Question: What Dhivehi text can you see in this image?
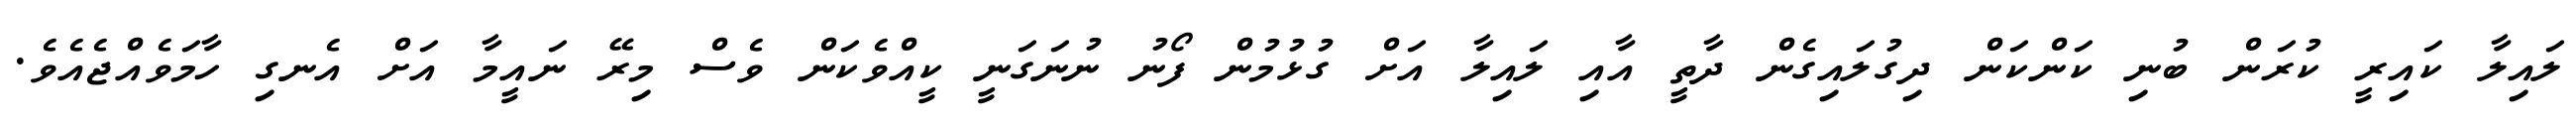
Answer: ލައިލާ ކައިރީ ކުރަން ބުނި ކަންކަން ދިގުލައިގެން ދާތީ އާއި ލައިލާ އަށް ގުޅުމުން ފޯނު ނުނަގަނީ ކީއްވެކަން ވެސް މިރޭ ނައީމާ އަށް އެނގި ހާމަވެއްޖެއެވެ.